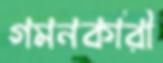
গমনকারী